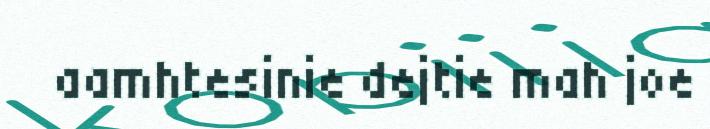
aamhtesinie dejtie mah joe